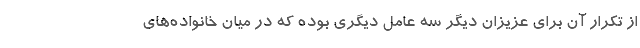
از تکرار آن برای عزیزان دیگر سه عامل دیگری بوده که در میان خانواده‌های